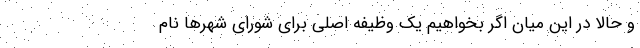
و حالا در این میان اگر بخواهیم یک وظیفه اصلی برای شورای شهرها نام